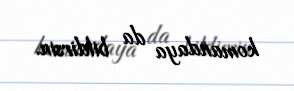
komandaya da bildirsin.